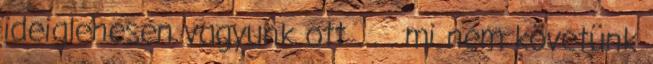
ideiglenesen vagyunk ott . . . mi nem követünk